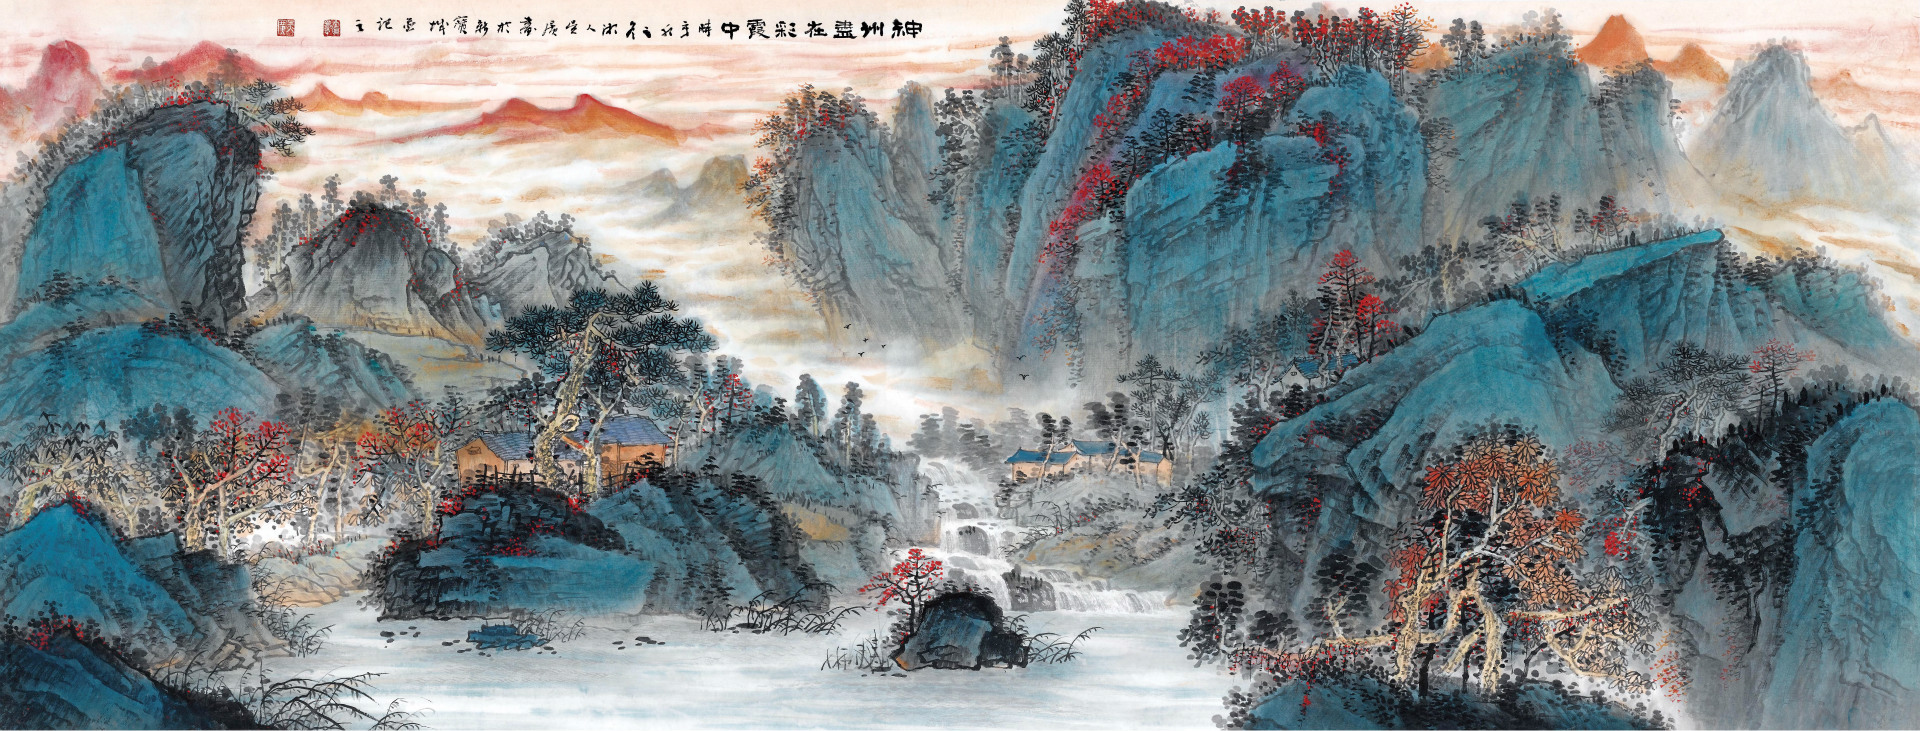
归来报名主，恢复旧神州。